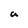
Character: a